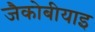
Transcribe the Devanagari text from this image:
जैकोबीयाइ